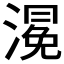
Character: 𭲀